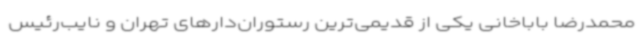
محمدرضا باباخانی یکی از قدیمی‌ترین رستوران‌دا‌رهای تهران و نایب‌رئیس